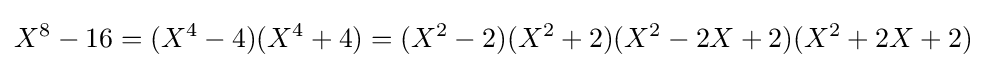
X^{8}-16=(X^{4}-4)(X^{4}+4)=(X^{2}-2)(X^{2}+2)(X^{2}-2X+2)(X^{2}+2X+2)